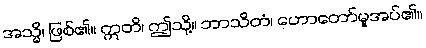
အသ္မိ၊ ဖြစ်၏။ ဣတိ၊ ဤသို့။ ဘာသိတံ၊ ဟောတော်မူအပ်၏။